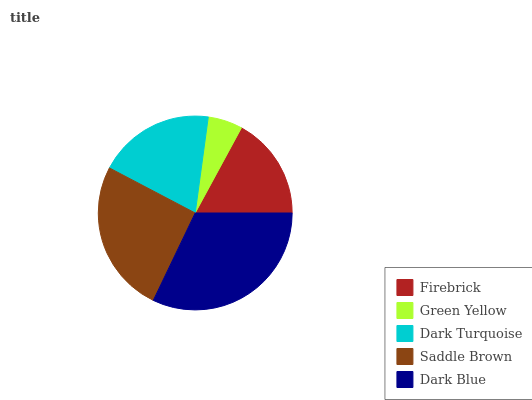
| Firebrick | Green Yellow | Dark Turquoise | Saddle Brown | Dark Blue |
 | --- | --- | --- | --- | --- |
 | 17% | 5.76% | 19.4% | 25.6% | 32.2% |